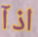
اذآ